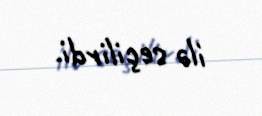
ilə seçilirdi.